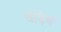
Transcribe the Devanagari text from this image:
खांड़ेकर